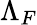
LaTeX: \Lambda_{F}